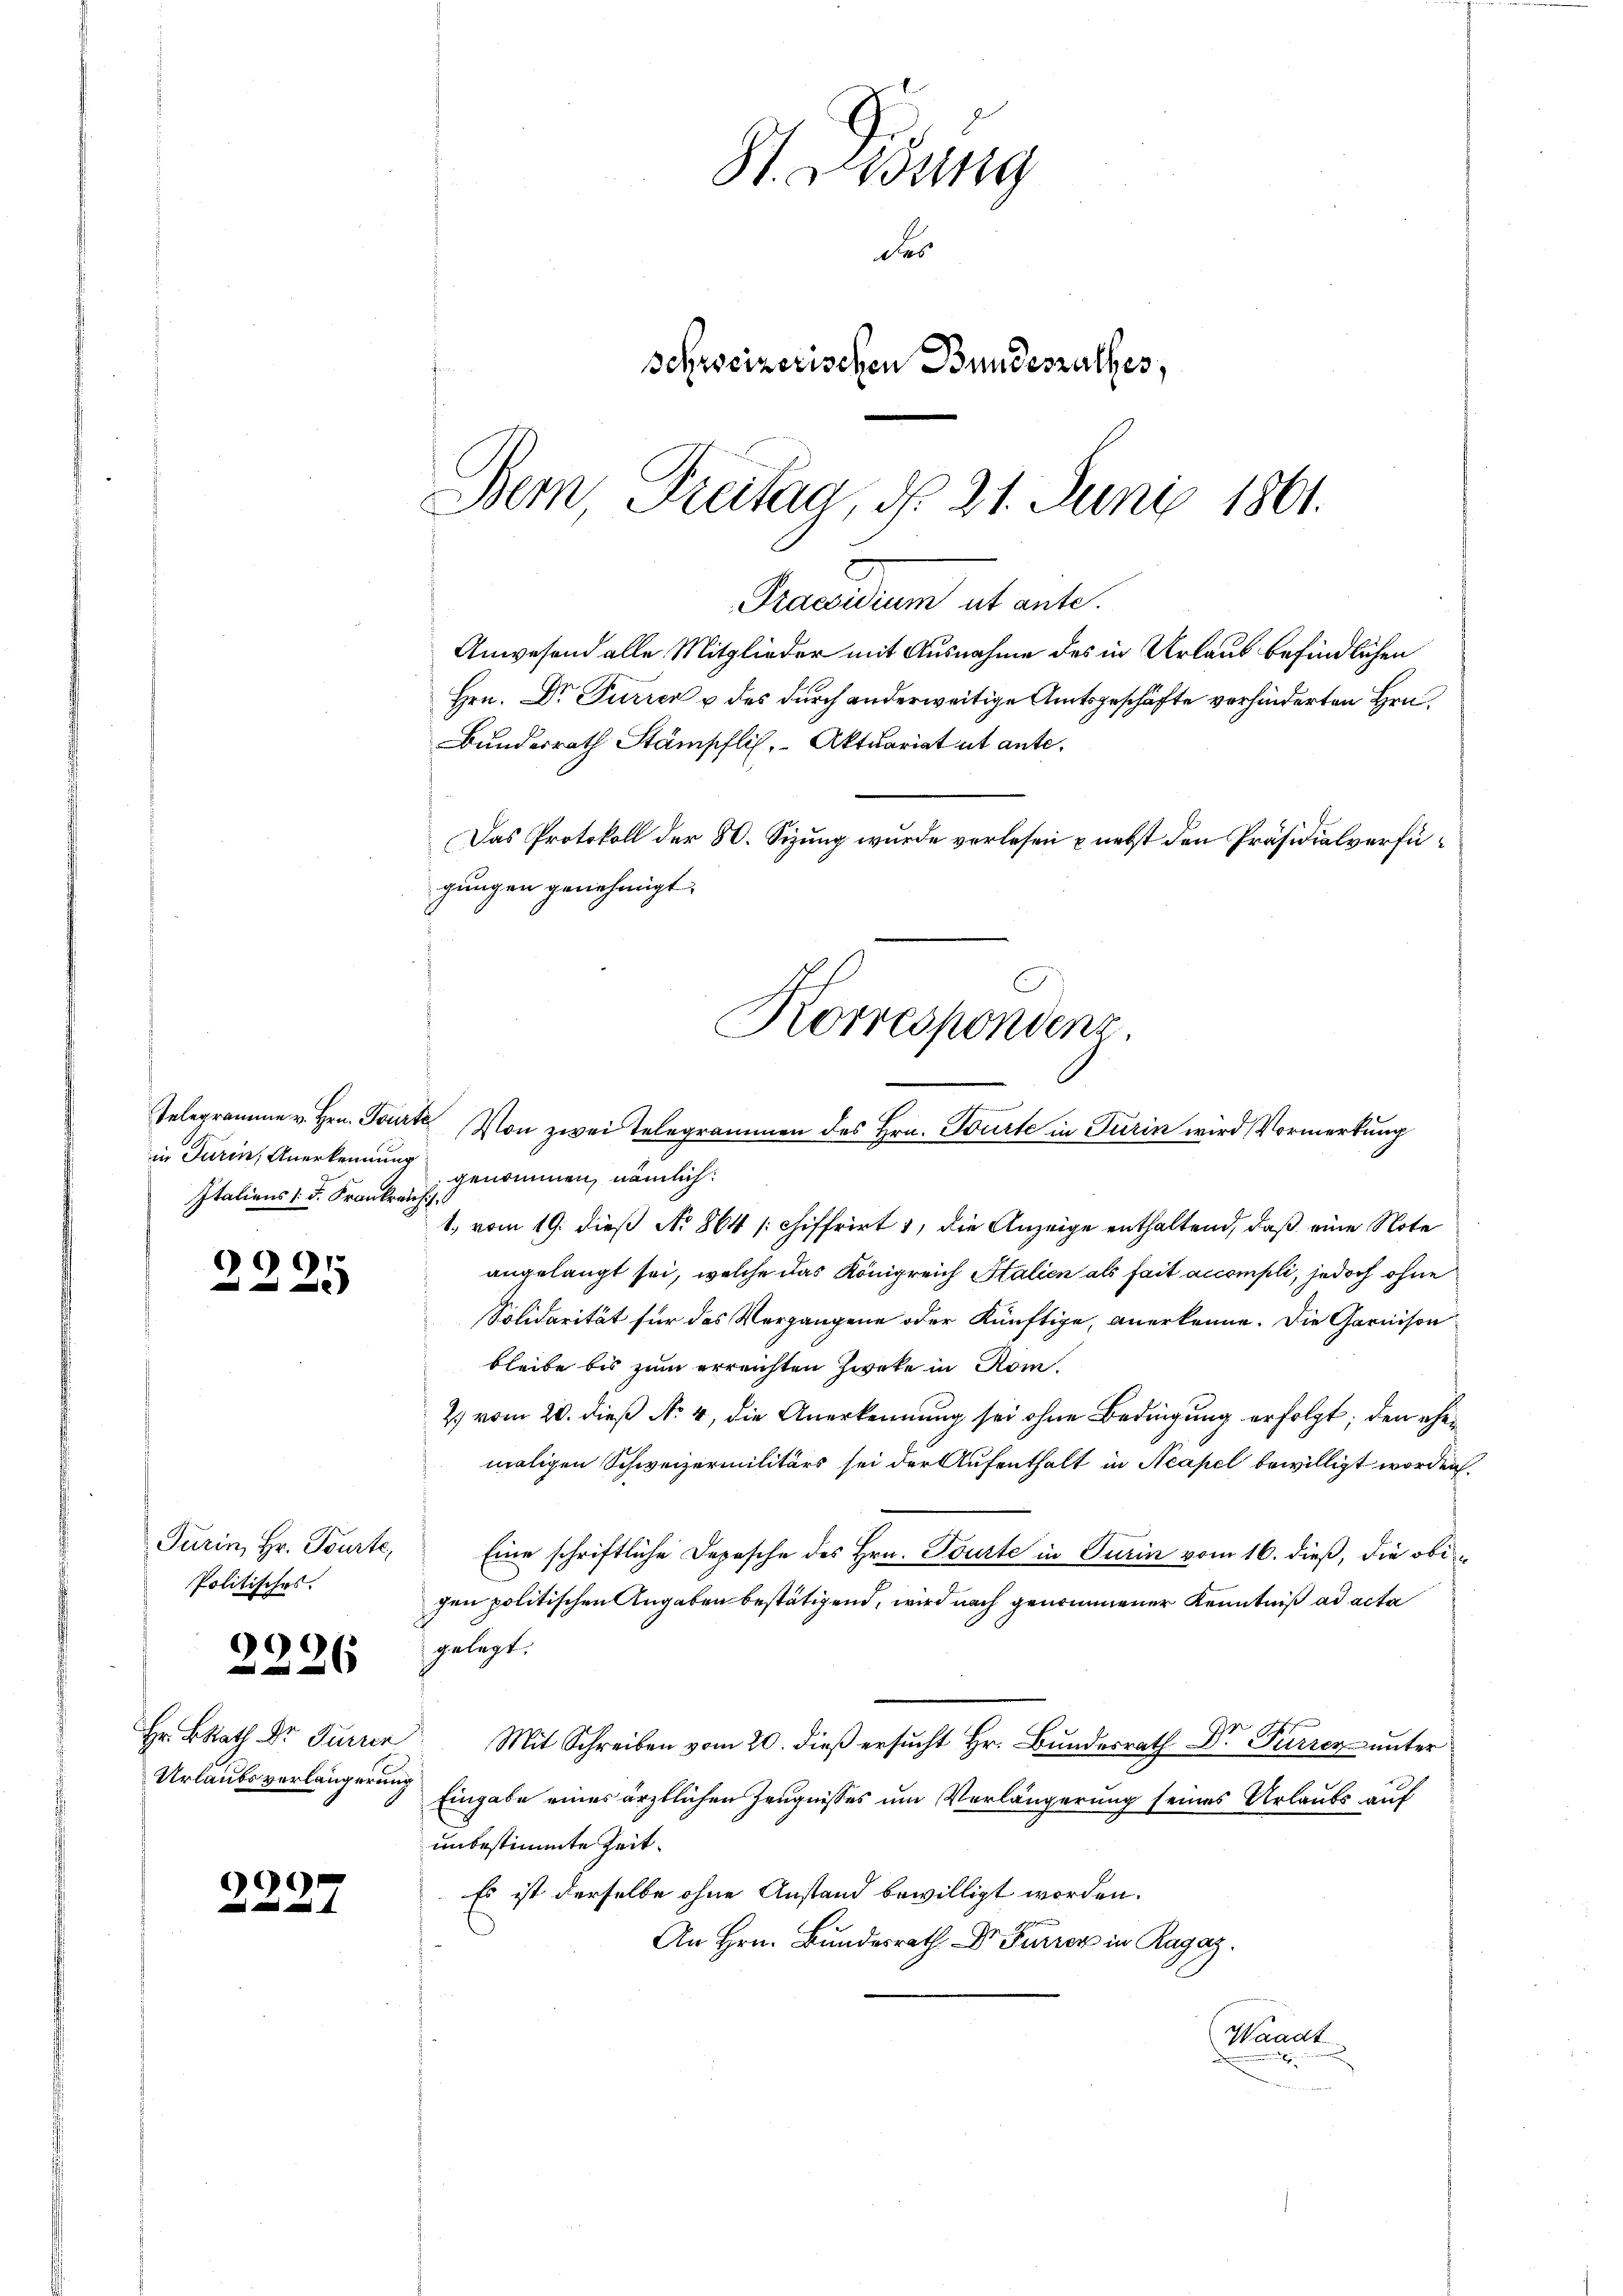
in Turin, Anerkennung
Italiens 1. d. Frankreich

2225

Turin, Hr. Tourte,
Politisches.

2226

Hr. BRath Dr Furren
Urlaubsverlängerung

2237

St. Lesung
des
schweizerischen Bundesrathes,
Dein Freitag, d. 21. Juni 1861.

Praesidium ut ante.
Anwesend alle Mitglieder mit Ausnahme des in Urlaub befindlichen
Hrn. Dr Furrer u des durch anderweitige Amtsgeschäfte verhinderten Hrn.

Bundesrath Stämpflich, Aktuariat ut ante.
Das Protokoll der 80. Sizung wurde verlesen nebst den Präsidialverfügungen genehmigt.
Korrespondens.

Gelegramme v. Hrn. Torte Von zwei Telegrammen des Hrn. Würte in Turin wird Vormerkung
genommen, nämlich:
1. vom 19. dieß No 864 schiffrirt 1, die Anzeige enthaltend, daß eine Note
angelangt sei, welche das Königreich Stalien als fait accompli, jedoch ohne
Solidarität für das Vergangene oder künftige, anerkenne. Die Garnison
bleibe bis zum erreichten Zweke in Rom.
2. vom 20. dieβ N. 4, die Anerkennung sei ohne Bedingung erfolgt; den ehemaligen Schweizermilitärs sei der Aufenthalt in Neapel bewilligt worden.
Eine schriftliche Depesche des Hrn. Tourte in Turin vom 16. dieß, die obigen politischen Angaben bestätigend, wird nach genommener Kenntniß ad acta
gelegt.
Mit Schreiben vom 20. dieβ ersŭcht Hr. Bŭndesrath Dr. Furren unter
Eingabe eines ärztlichen Zeugnisses um Verlängerung seines Urlaubs auf
unbestimmte Zeit.
Es ist derselbe ohne Anstand bewilligt worden.
An Hrn. Bundesrath Dr Furrer in Ragaz
Waadt